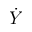
\dot { Y }